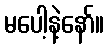
မပေါ့နဲ့နော်။